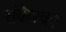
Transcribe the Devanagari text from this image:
संकेश्‍वर